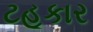
ટહૂકાર